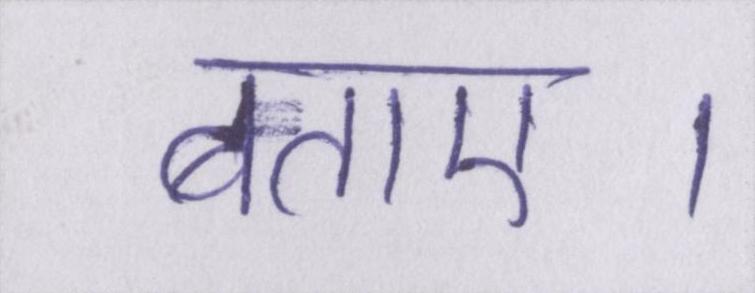
बताए।